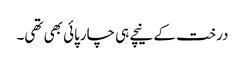
درخت کے نیچے ہی چارپائی بھی تھی۔